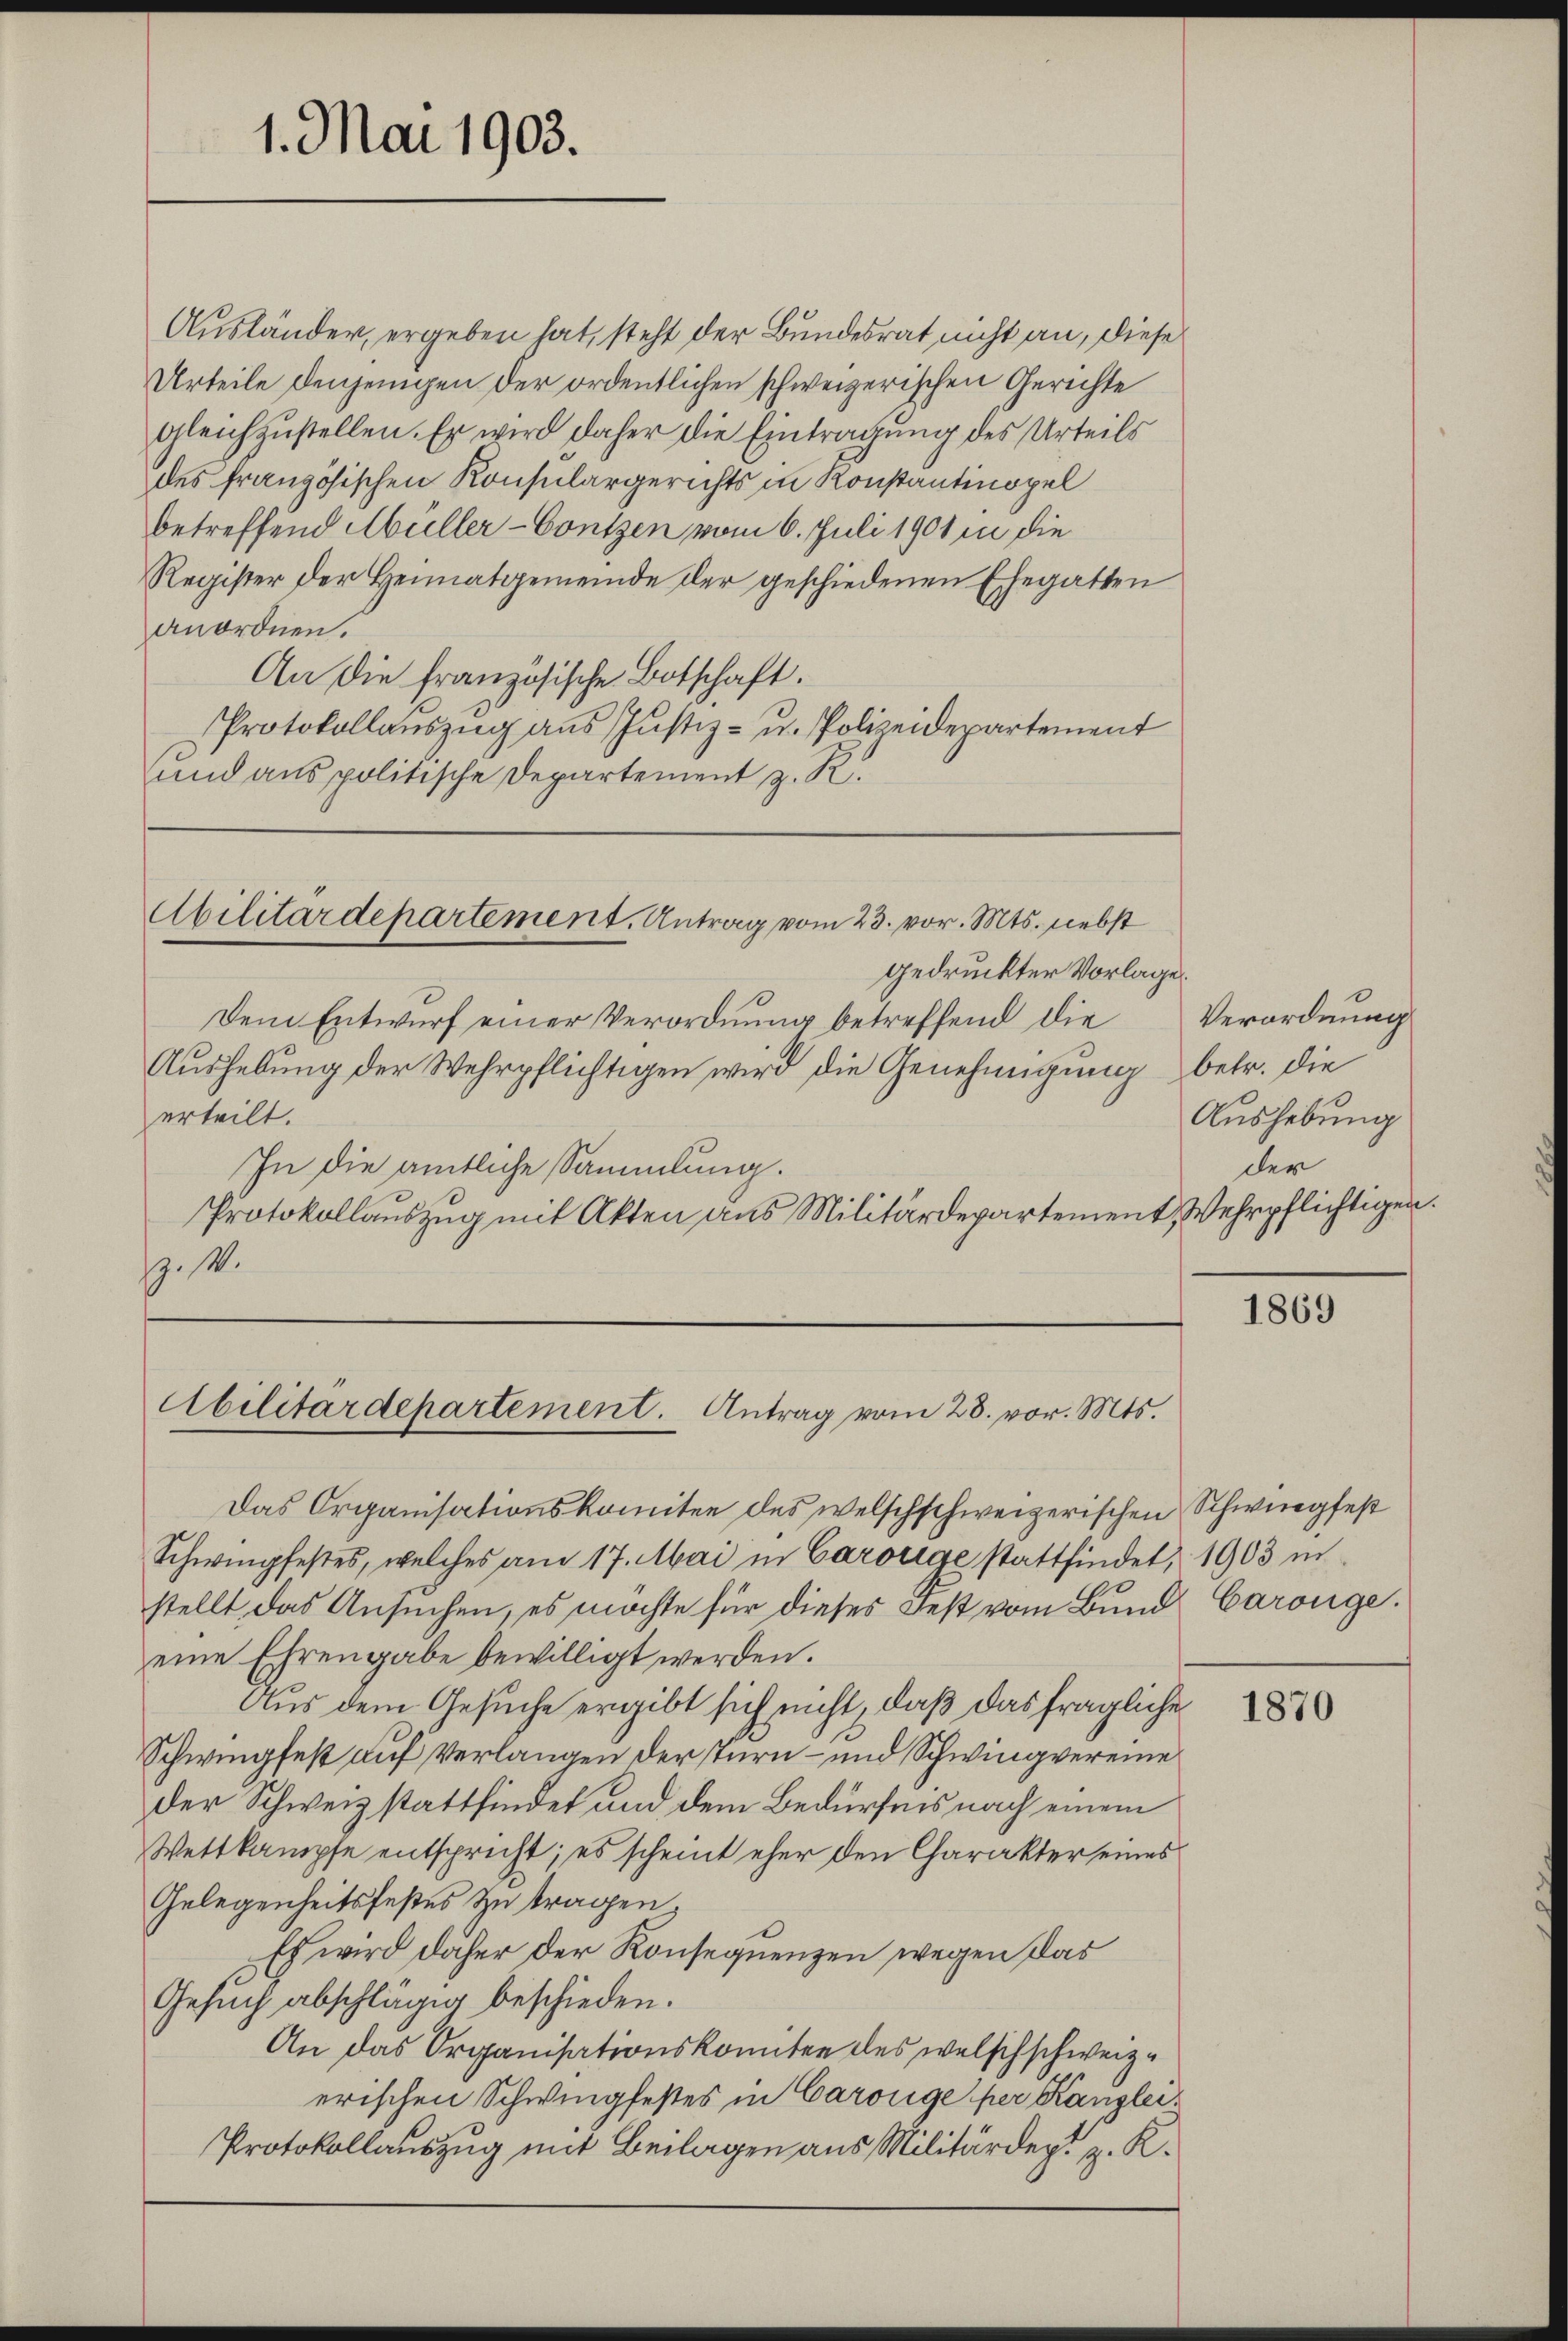
1. Mai 1903.

Ausländer, ergeben hat, steht der Bundesrat nicht an, diese
Urteile denjenigen der ordentlichen schweizerischen Gerichte
gleichzustellen. Er wird daher die Eintragung des Urteils
des französischen Konsulargerichts in Konstantinopel
betreffend Müller-Contzen vom 6. Juli 1901 in die
Register der Heimatgemeinde der geschiedenen Ehegatten
anordnen.
An die französische Botschaft.
Protokollauszug aus Justiz- u. Polizeidepartement
und aus politische Departement z. R.

Abilitärdepartement. Antrag vom 23. vor. Mts. nebst

Abilitärdepartement. Antrag vom 28. vor. Mts.

gedruckter Vorlage.
Dem Entwurf einer Verordnung betreffend die
Aushebung der Wehrpflichtigen wird die Genehmigung betr. die
erteilt.
In die amtliche Sammlung.
Protokollauszug mit Akten aus Militärdepartement Wehrpflichtigen.
z. s.

Verordnung
Aushebung
der

Das Organisationskomitee des welschschweizerischen Schwiegfest
Schwingfestes, welches am 17. Mai in Caroliae stattfindet, 1903 in
stellt, das Ansuchen, es möchte für dieses Fest vom Bund Carouge.
eine Ehrengabe bewilligt werden.
Aus dem Gesuche ergibt sich nicht, daß das fragliche
Schwingfest auf Verlangen der Turn- und Schwingvereine
der Schweiz stattfindet und dem Bedürfnis nach einem
Wettkampfe entspricht; es scheint eher den Charakter eines
Gelegenheitsfestes zu tragen;
Es wird daher der Konsequenzen wegen das
Gesuch abschlägig beschieden.
An das Organisationskomitee des welschschweizerischen Schwingfestes in Carolige per Kanzlei¬
Protokollauszug mit Beilagen aus Militärdept z. K.

1869

1870